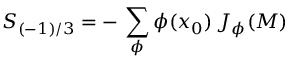
S _ { ( - 1 ) / 3 } = - \, \sum _ { \phi } \phi ( x _ { 0 } ) \, J _ { \phi } ( { \cal M } )